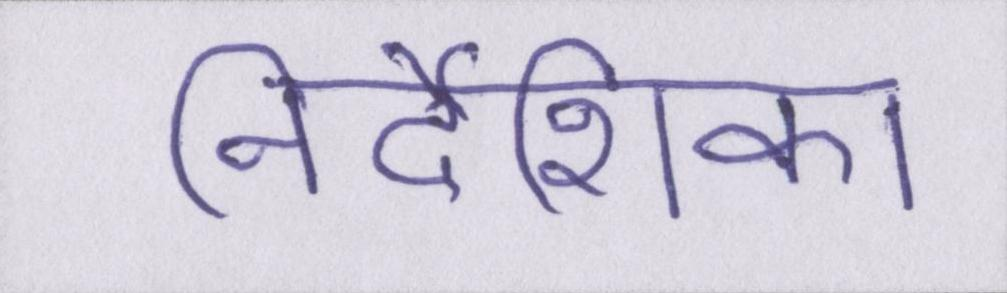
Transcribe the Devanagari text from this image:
निर्देशिका